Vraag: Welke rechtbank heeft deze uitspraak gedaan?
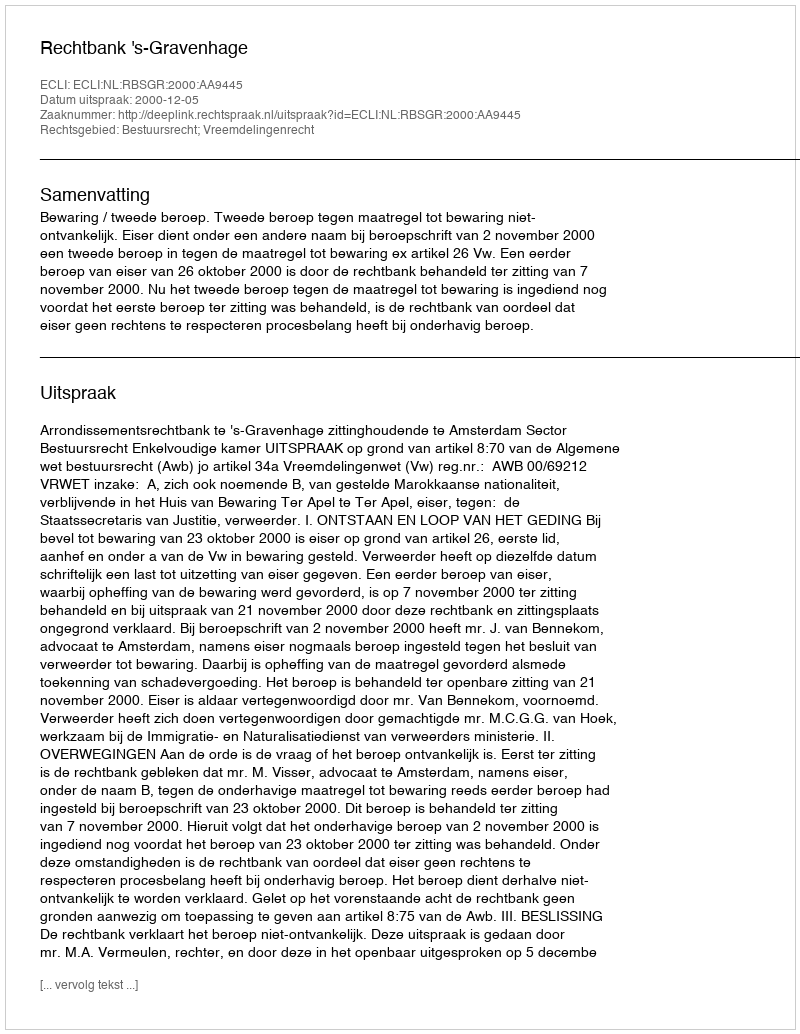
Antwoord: Rechtbank 's-Gravenhage